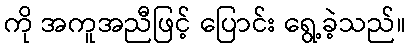
ကို အကူအညီဖြင့် ပြောင်း ရွေ့ခဲ့သည်။